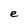
Character: e